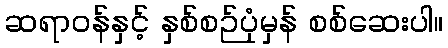
ဆရာဝန်နှင့် နှစ်စဉ်ပုံမှန် စစ်ဆေးပါ။